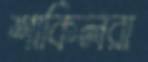
শাকিলরা